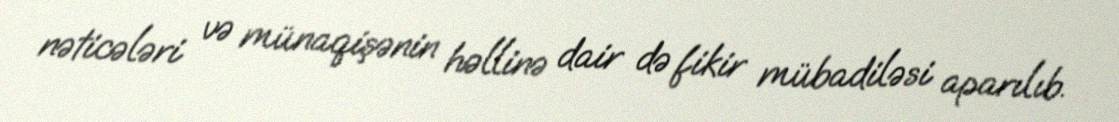
nəticələri və münaqişənin həllinə dair də fikir mübadiləsi aparılıb.